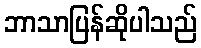
ဘာသာပြန်ဆိုပါသည်